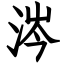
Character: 涔